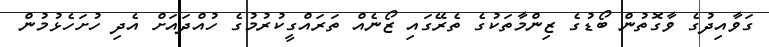
ގަވާއިދުގެ ވާގޮތުން ބޯޑުގެ ޒިންމާތަކުގެ ތެރޭގައި ޒޯނެއް ތަރައްގީކުރުމުގެ ހުއްދައަށް އެދި ހުށަހެޅުމުން